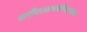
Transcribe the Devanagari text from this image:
शरीरशास्स्त्रीयदृष्ट्या